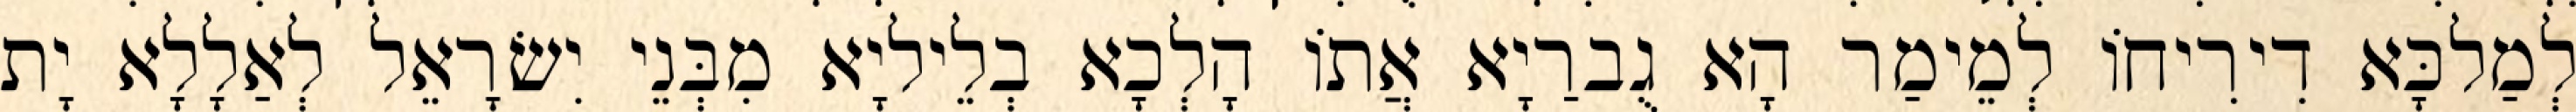
לְמַלכָּא דִירִיחוֹ לְמֵימַר הָא גֻברַיָא אֲתוֹ הָלְכָא בְלֵיליָא מִבְּנֵי יִשׂרָאֵל לְאַלָלָא יָת